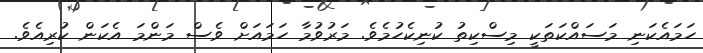
ހަމައެކަނި މަސައްކަތަކީ މިސްކިތު ކުނިކެހުމެވެ. މަރުވުމާ ހަމައަށް ވެސް މަންމަ އެކަން ކުރިއެވެ.